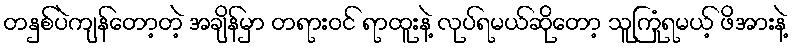
တနှစ်ပဲကျန်တော့တဲ့ အချိန်မှာ တရားဝင် ရာထူးနဲ့ လုပ်ရမယ်ဆိုတော့ သူကြုံရမယ့် ဖိအားနဲ့